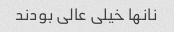
نانها خیلی عالی بودند